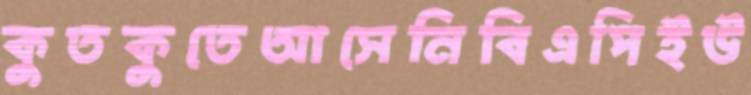
কুতকুতেআসেনিবিএপিইউ